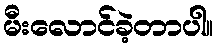
မီးလောင်ခဲ့တာပါ။